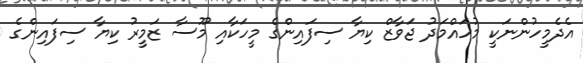
އެދެމީހުންނަކީ މުހައްމަދު ޖަވާޒް ކިޔާ ސިފައިންގެ މީހަކާއި މޫސާ ޒަމީރު ކިޔާ ސިފައިންގެ